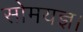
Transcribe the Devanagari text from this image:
सोमयज्ञ।